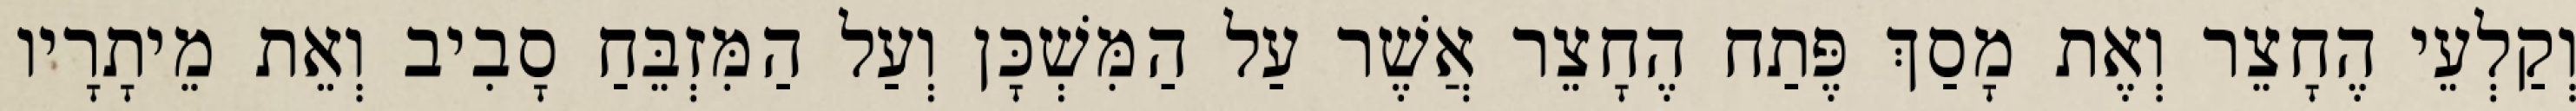
וְקַלְעֵי הֶחָצֵר וְאֶת מָסַךְ פֶּתַח הֶחָצֵר אֲשֶׁר עַל הַמִּשְׁכָּן וְעַל הַמִּזְבֵּחַ סָבִיב וְאֵת מֵיתָרָיו